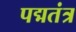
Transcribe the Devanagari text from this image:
पद्मतंत्र